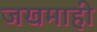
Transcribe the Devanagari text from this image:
जखमाही